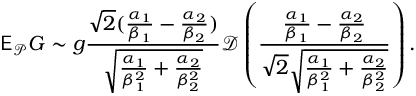
\mathsf E _ { \mathcal P } G \sim g \frac { \sqrt 2 ( \frac { \alpha _ { 1 } } { \beta _ { 1 } } - \frac { \alpha _ { 2 } } { \beta _ { 2 } } ) } { \sqrt { \frac { \alpha _ { 1 } } { \beta _ { 1 } ^ { 2 } } + \frac { \alpha _ { 2 } } { \beta _ { 2 } ^ { 2 } } } } \mathcal D \left( \frac { \frac { \alpha _ { 1 } } { \beta _ { 1 } } - \frac { \alpha _ { 2 } } { \beta _ { 2 } } } { \sqrt 2 \sqrt { \frac { \alpha _ { 1 } } { \beta _ { 1 } ^ { 2 } } + \frac { \alpha _ { 2 } } { \beta _ { 2 } ^ { 2 } } } } \right) .